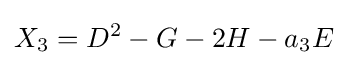
X_{3}=D^{2}-G-2H-a_{3}E